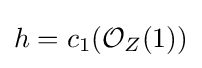
h=c_{1}({\mathcal {O}}_{Z}(1))